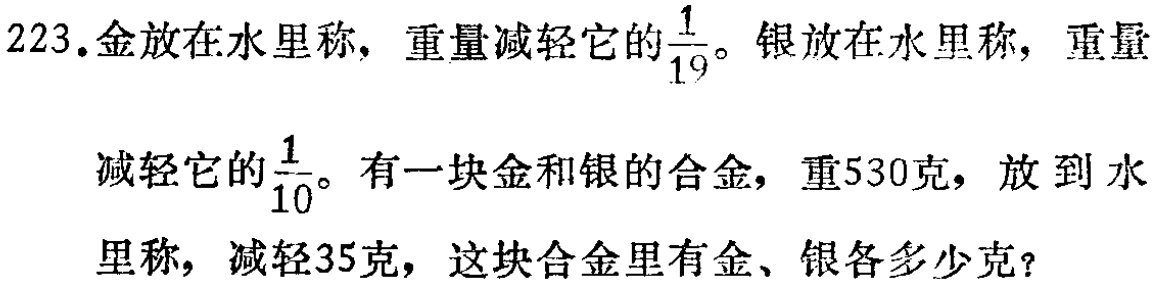
223.金放在水里称，重量减轻它的$\frac{1}{19}$。银放在水里称，重量

减轻它的$\frac{1}{10}$。有一块金和银的合金，重530克，放到水

里称，减轻35克，这块合金里有金、银各多少克？